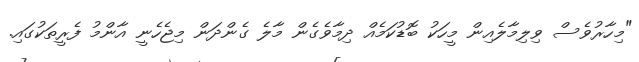
"މިހާރުވެސް ވިލިމާލެއިން މީހަކު ބޮޑުކަމެއް ދިމާވެގެން މާލެ ގެންދަން މިޖެހެނީ އާންމު ފެރީތަކުގައި.